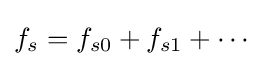
f_{s}=f_{s0}+f_{s1}+\cdots